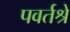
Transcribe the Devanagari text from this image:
पवर्तश्रे